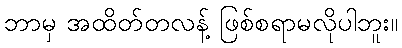
ဘာမှ အထိတ်တလန့် ဖြစ်စရာမလိုပါဘူး။